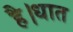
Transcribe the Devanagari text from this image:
है।धात